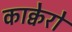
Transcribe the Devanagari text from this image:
काक्वेरो